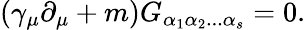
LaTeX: \left(\gamma_{\mu}\partial_{\mu}+m\right)G_{\alpha_{1}\alpha_{2}...\alpha_{s}}=0.